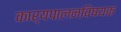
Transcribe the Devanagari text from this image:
कार्यपालनविषयक